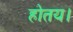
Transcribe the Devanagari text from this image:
होतय।